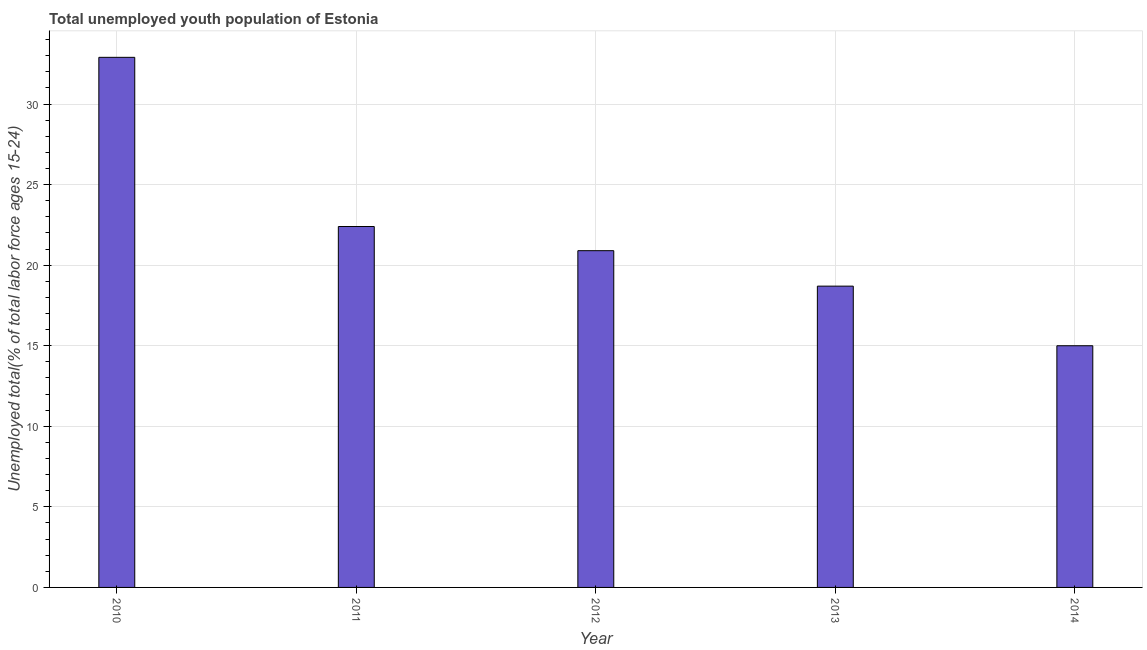
| Year | Unemployment youth total |
 | --- | --- |
 | 2010 | 32.9 |
 | 2011 | 22.4 |
 | 2012 | 20.9 |
 | 2013 | 18.7 |
 | 2014 | 15 |